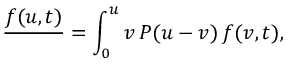
\frac { \d f ( u , t ) } { \d t } = \int _ { 0 } ^ { u } \d v \, P ( u - v ) \, f ( v , t ) ,